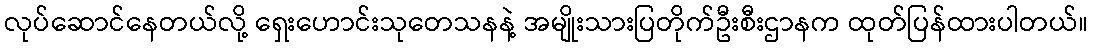
လုပ်ဆောင်နေတယ်လို့ ရှေးဟောင်းသုတေသနနဲ့ အမျိုးသားပြတိုက်ဦးစီးဌာနက ထုတ်ပြန်ထားပါတယ်။